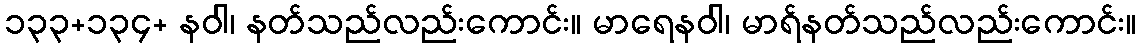
၁၃၃+၁၃၄+ နဝါ၊ နတ်သည်လည်းကောင်း။ မာရေနဝါ၊ မာရ်နတ်သည်လည်းကောင်း။